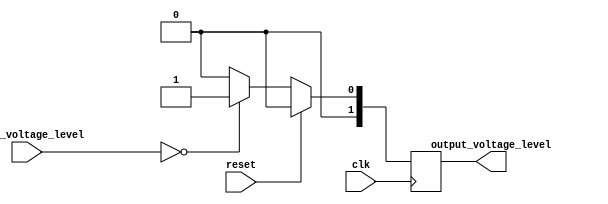
module voltage_level_shifter (
    input wire clk,
    input wire reset,
    input wire [1:0] input_voltage_level,
    output reg [1:0] output_voltage_level
);

always @(posedge clk) begin
    if (reset) begin
        output_voltage_level <= 2'b00; // default output voltage level
    end else begin
        case (input_voltage_level)
            2'b00: output_voltage_level <= 2'b01; // convert from 3.3V to 1.8V
            2'b01: output_voltage_level <= 2'b00; // convert from 1.8V to 3.3V
            default: output_voltage_level <= 2'b00; // default output voltage level
        endcase
    end
end

endmodule